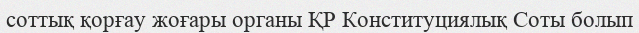
соттық қорғау жоғары органы ҚР Конституциялық Соты болып